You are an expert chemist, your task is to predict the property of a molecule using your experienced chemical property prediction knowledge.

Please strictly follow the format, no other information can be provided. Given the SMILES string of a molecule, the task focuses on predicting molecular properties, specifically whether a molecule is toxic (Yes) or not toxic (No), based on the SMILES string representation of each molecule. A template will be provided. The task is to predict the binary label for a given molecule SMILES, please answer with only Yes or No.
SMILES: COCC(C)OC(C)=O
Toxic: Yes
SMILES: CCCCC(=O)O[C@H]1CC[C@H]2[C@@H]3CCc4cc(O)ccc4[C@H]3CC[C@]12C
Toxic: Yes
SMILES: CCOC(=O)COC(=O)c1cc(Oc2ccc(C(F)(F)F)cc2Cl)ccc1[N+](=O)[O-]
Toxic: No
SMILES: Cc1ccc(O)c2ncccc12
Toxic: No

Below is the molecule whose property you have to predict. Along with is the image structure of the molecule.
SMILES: CCN(CC)C(=S)[S-]
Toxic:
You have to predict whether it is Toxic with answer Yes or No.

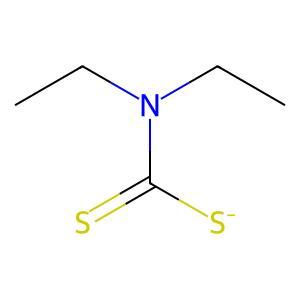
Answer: No